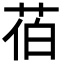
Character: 𦯉